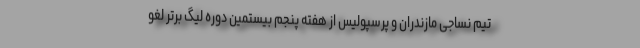
تیم نساجی مازندران و پرسپولیس از هفته پنجم بیستمین دوره لیگ برتر لغو